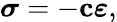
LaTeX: {\boldsymbol{\sigma}}=-\mathbf{c}{\boldsymbol{\varepsilon}},